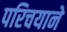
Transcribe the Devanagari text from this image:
परिचयाने